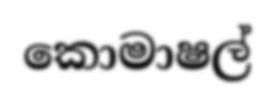
කොමාෂල්